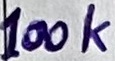
Text: 100k